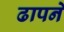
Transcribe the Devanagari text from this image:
ढापने